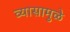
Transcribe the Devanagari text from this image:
व्यासामुळे